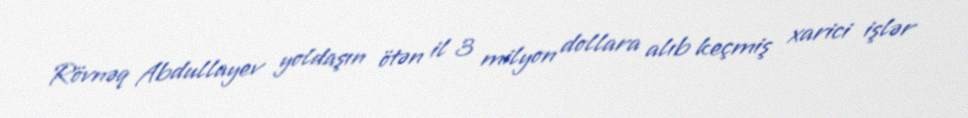
Rövnəq Abdullayev yoldaşın ötən il 3 milyon dollara alıb keçmiş xarici işlər